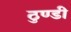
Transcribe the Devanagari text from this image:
ठुण्डी